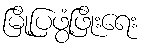
မြို့ပြဖွံ့ဖြိုးရေး